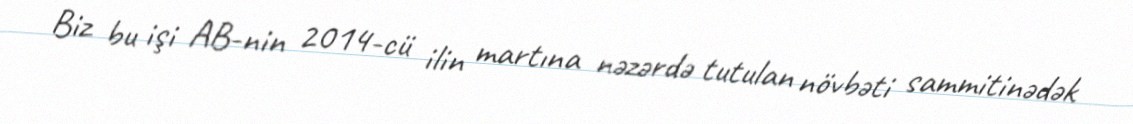
Biz bu işi AB-nin 2014-cü ilin martına nəzərdə tutulan növbəti sammitinədək